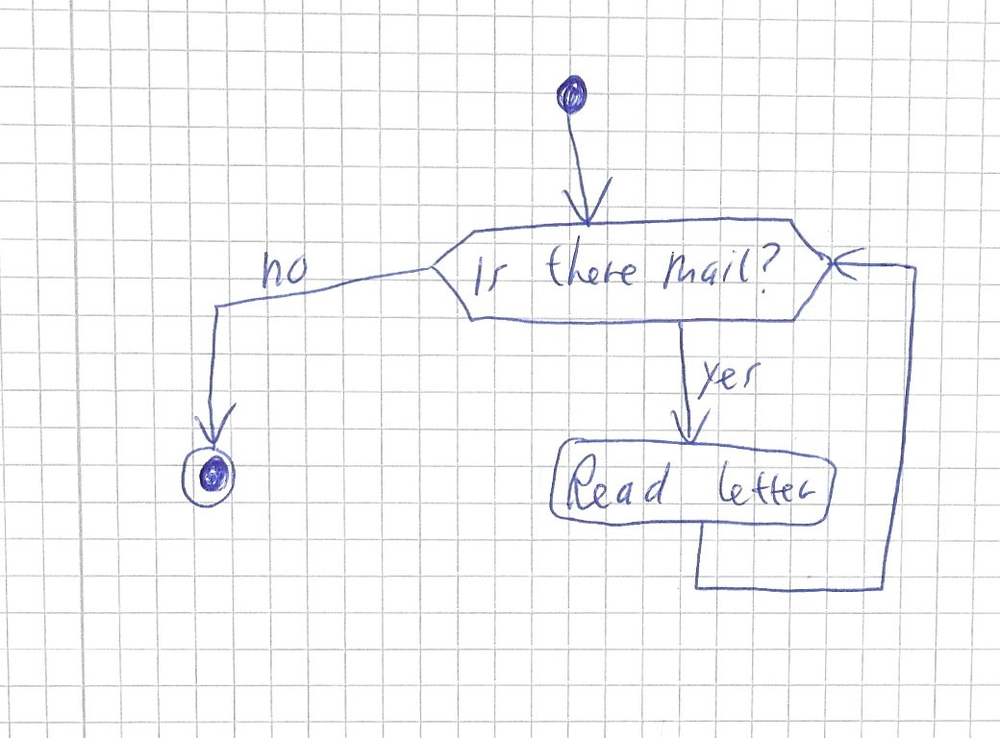
Diagram type: activity_diagram
```plantuml
@startuml

start
while (Is there mail?) is (yes)
  :Read letter;
endwhile (no)
stop

@enduml
```